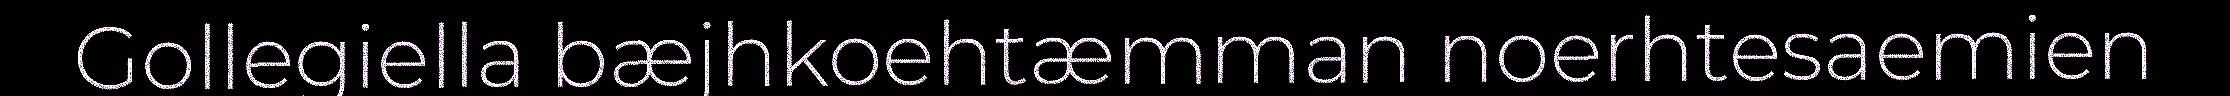
Gollegiella bæjhkoehtæmman noerhtesaemien